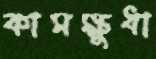
কামক্ষুধা